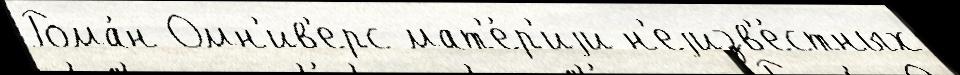
Рома́н Омн'ив'ерс мат'е́р'иjи н'еjизв'е́стных